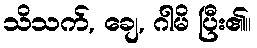
သိသက်, ချေ, ဂါမိ ပြီး၏။